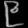
Digit: ၉